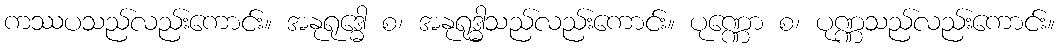
ကဿပသည်လည်းကောင်း။ အနုရုဒ္ဓေါ စ၊ အနုရုဒ္ဓါသည်လည်းကောင်း။ ပုဏ္ဏော စ၊ ပုဏ္ဏသည်လည်းကောင်း။